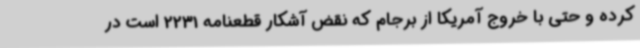
کرده و حتی با خروج آمریکا از برجام که نقض آشکار قطعنامه 2231 است در